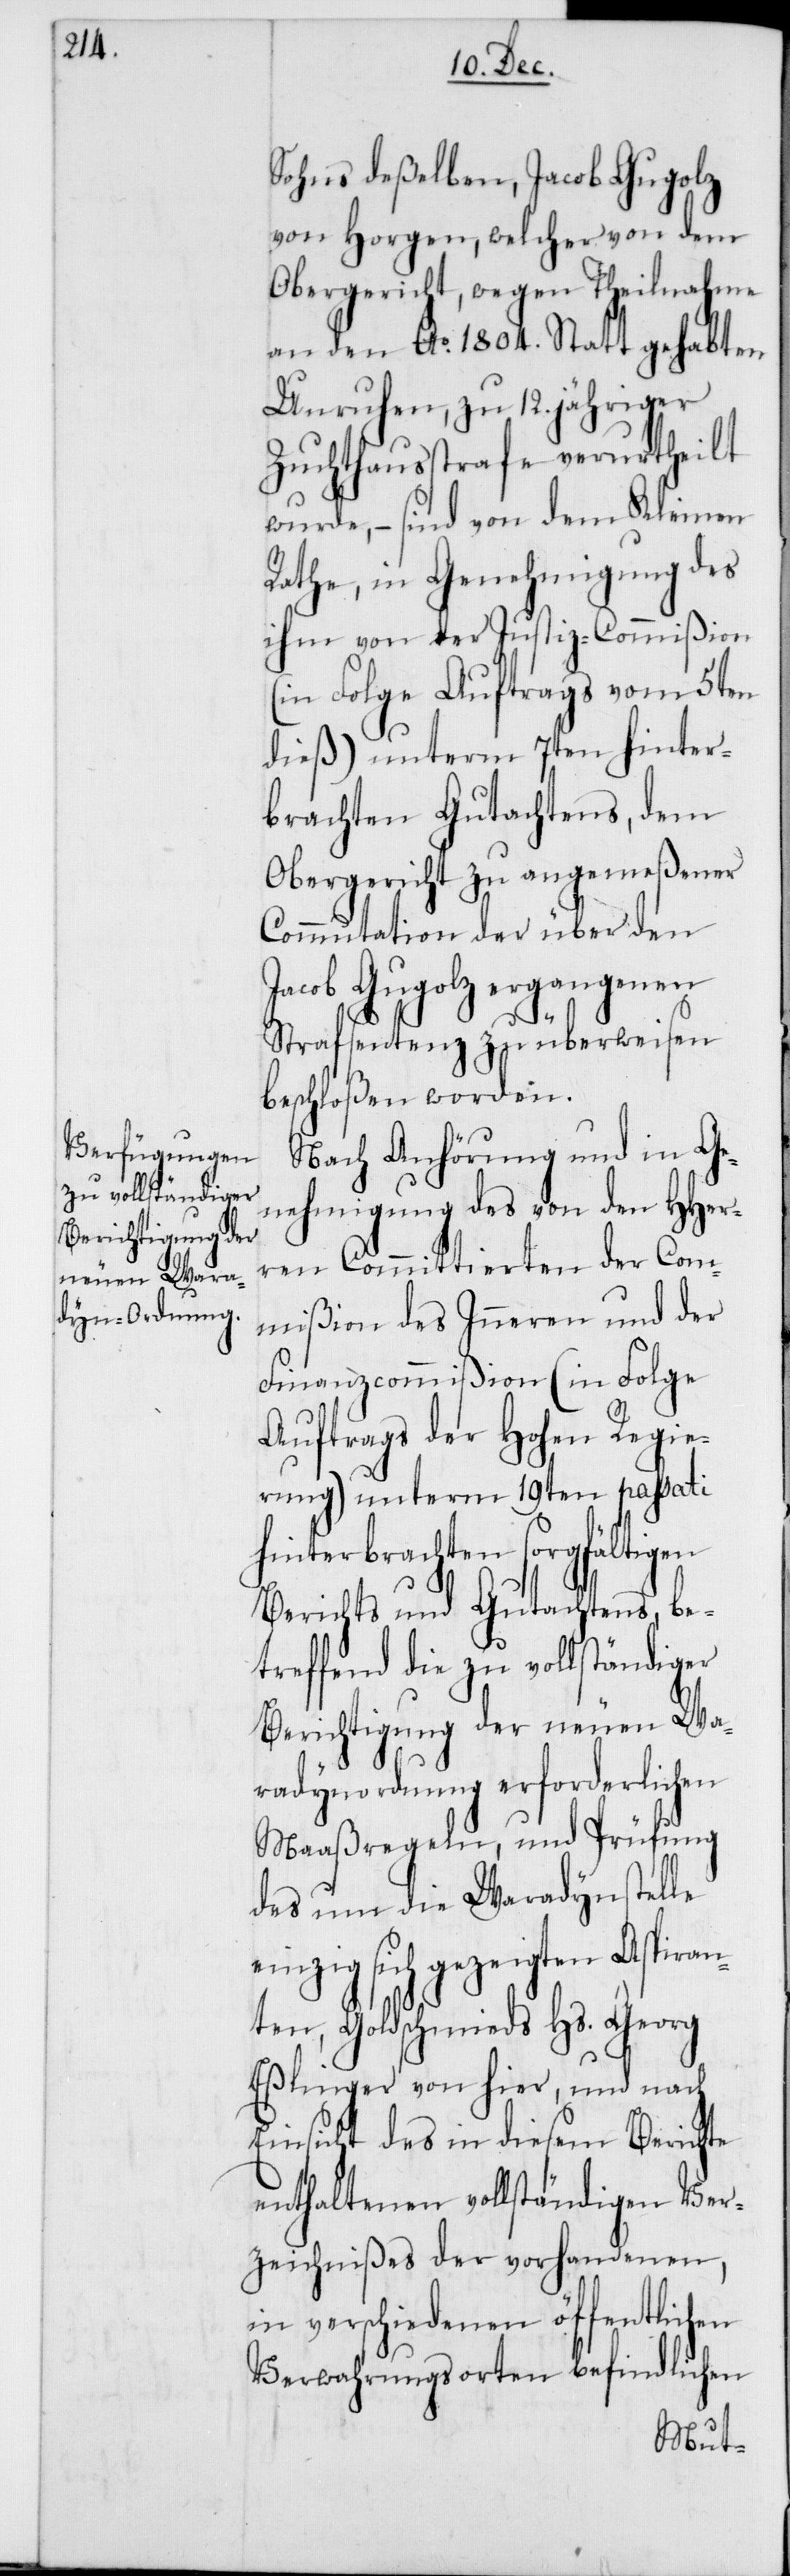
Sohns deßelben, Jacob Gugolz
von Horgen, welcher von dem
Obergericht, wegen Theilnahme
an den Ao 1804. Statt gehabten
Unruhen, zu 12. jähriger
Zuchthausstrafe verurtheilt
wurde, – sind von dem Kleinen
Rathe, in Genehmigung des
ihm von der Justiz-Commißion
(in Folge Auftrags vom 5ten
dieß) unterm 7ten hinter¬
brachten Gutachtens, dem
Obergericht zu angemeßener
Commutaton der über den
Jacob Gugolz ergangenen
Strafsentenz zu überweisen
beschloßen worden.
Nach Anhörung und in Ge¬
nehmigung des von den HHer¬
ren Committierten der Com¬
mißion des Inneren und der
Finanzcommißion (in Folge
Auftrags der Hohen Regie¬
rung) unterm 19ten passati
hinterbrachten sorgfältigen
Berichts und Gutachtens, be¬
treffend die zu vollständiger
Berichtigung der neuen Wa¬
radynordnung erforderlichen
Maaßregeln, und Prüfung
des um die Waradynstelle
einzig sich gezeigten Aspiran¬
ten, Goldschmieds Hs. Georg
Eßlinger von hier, und nach
Einsicht des in diesem Berichte
enthaltenen vollständigen Ver¬
zeichnißes der vorhandenen,
in verschiedenen öffentlichen
Verwahrungsorten befindlichen